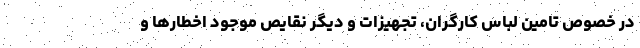
در خصوص تامین لباس کارگران، تجهیزات و دیگر نقایص موجود اخطارها و